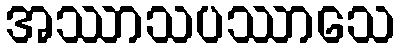
အဿာသပဿာသေ